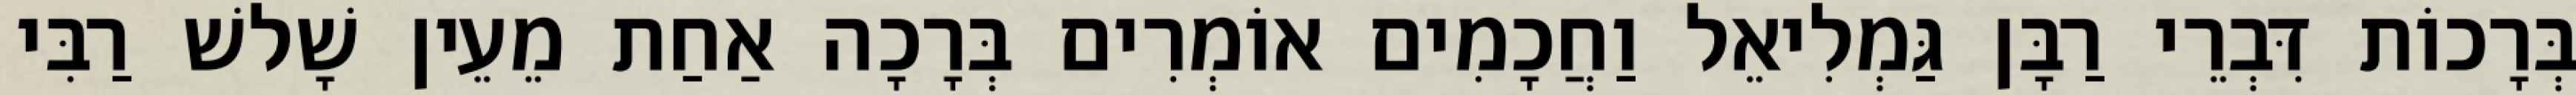
בְּרָכוֹת דִּבְרֵי רַבָּן גַּמְלִיאֵל וַחֲכָמִים אוֹמְרִים בְּרָכָה אַחַת מֵעֵין שָׁלשׁ רַבִּי